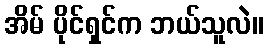
အိမ် ပိုင်ရှင်က ဘယ်သူလဲ။